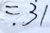
= 3 1